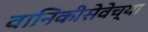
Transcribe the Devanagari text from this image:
वानिकीसेवेच्या